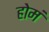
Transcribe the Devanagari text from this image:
होमं